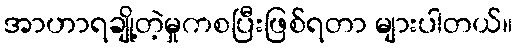
အာဟာရချို့တဲ့မှုကစပြီးဖြစ်ရတာ များပါတယ်။